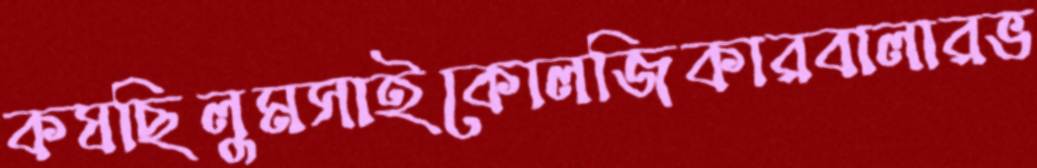
কষছিলুমসাইকোলজিকারবালারভ